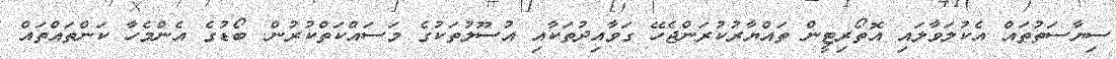
ސިޔާސަތުތައް އެކުލަވާލައި އޮތޯރިޓީން ތައްޔާރުކުރަންޖެހޭ ގަވާއިދުތަކާއި އުސޫލުތަކުގެ މަސައްކަތްކުރުން. ބޯޑުގެ އެންމެހާ ކަންތައްތައް